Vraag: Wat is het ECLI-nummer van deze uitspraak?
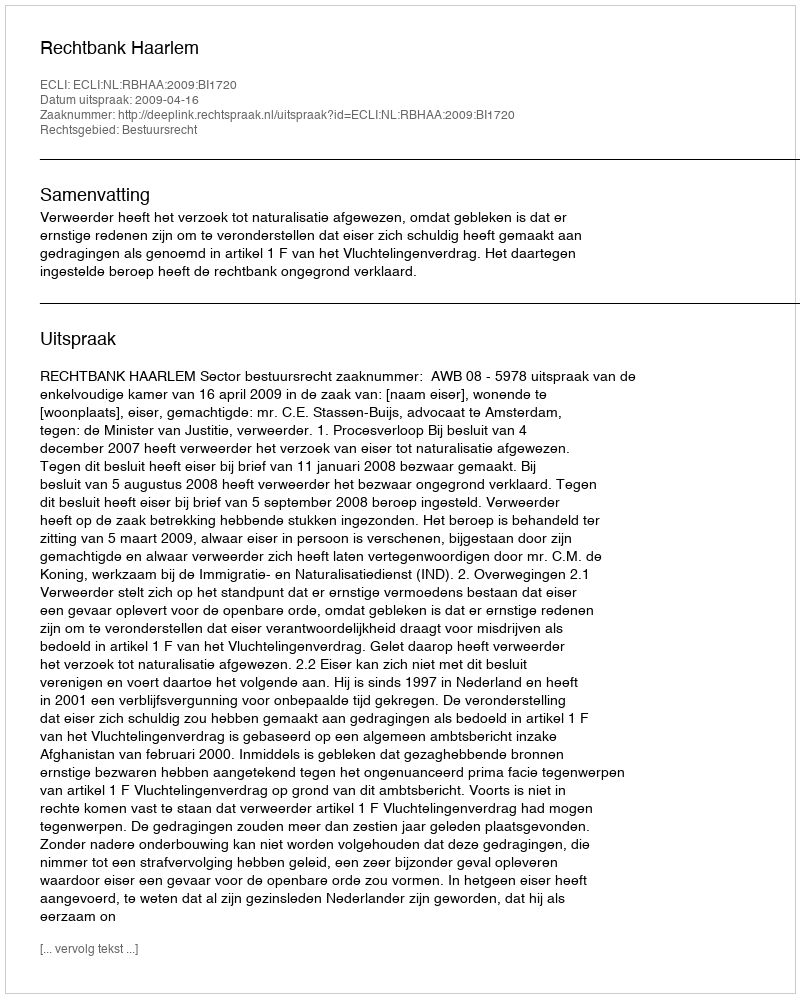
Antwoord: ECLI:NL:RBHAA:2009:BI1720